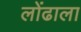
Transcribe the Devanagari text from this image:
लोंढाला